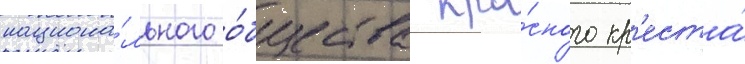
национа́льного о́бщества кра́сного кр'еста́